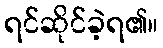
ရင်ဆိုင်ခဲ့ရ၏။